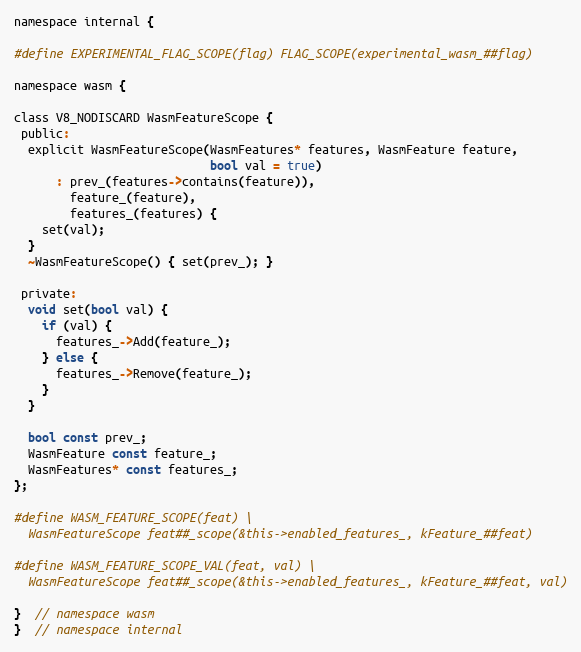
Language: C
namespace internal {

#define EXPERIMENTAL_FLAG_SCOPE(flag) FLAG_SCOPE(experimental_wasm_##flag)

namespace wasm {

class V8_NODISCARD WasmFeatureScope {
 public:
  explicit WasmFeatureScope(WasmFeatures* features, WasmFeature feature,
                            bool val = true)
      : prev_(features->contains(feature)),
        feature_(feature),
        features_(features) {
    set(val);
  }
  ~WasmFeatureScope() { set(prev_); }

 private:
  void set(bool val) {
    if (val) {
      features_->Add(feature_);
    } else {
      features_->Remove(feature_);
    }
  }

  bool const prev_;
  WasmFeature const feature_;
  WasmFeatures* const features_;
};

#define WASM_FEATURE_SCOPE(feat) \
  WasmFeatureScope feat##_scope(&this->enabled_features_, kFeature_##feat)

#define WASM_FEATURE_SCOPE_VAL(feat, val) \
  WasmFeatureScope feat##_scope(&this->enabled_features_, kFeature_##feat, val)

}  // namespace wasm
}  // namespace internal